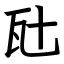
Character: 瓧